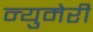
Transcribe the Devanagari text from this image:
न्युमेरी